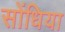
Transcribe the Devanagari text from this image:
सोंधिया